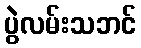
ပွဲလမ်းသဘင်